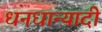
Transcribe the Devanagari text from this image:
धनधान्यादी